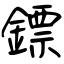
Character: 鏢